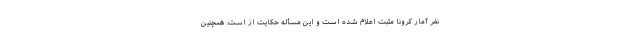
نفر آمار کرونا مثبت اعلام شده است و این مسأله حکایت از است. همچنین